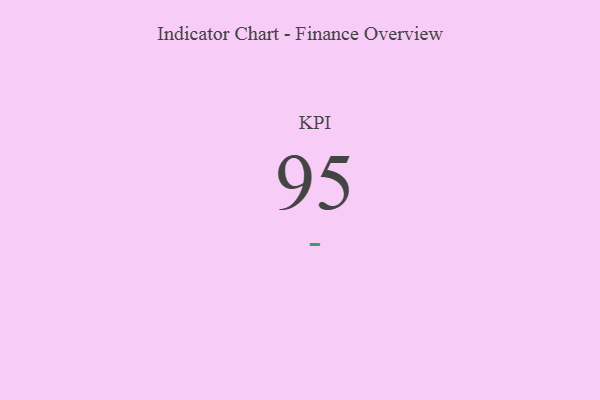
{"axis": {"x": "KPI", "y": "Value"}, "legend": [""], "data": [{"x": "KPI", "y": 95, "type": ""}]}